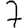
Digit: 7